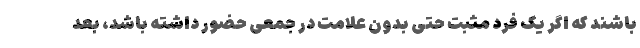
باشند که اگر یک فرد مثبت حتی بدون علامت در جمعی حضور داشته باشد، بعد